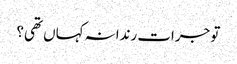
تو جرات رندانہ کہاں تھی؟